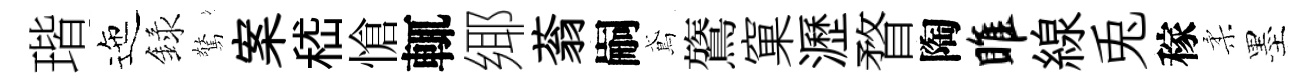
瑎迤録驚案嵇愴輒鄊蓊嗣鳶鷟窠瀝瞀陶雎線兎稼柔墨